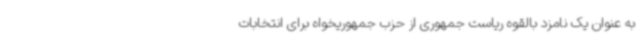
به عنوان یک نامزد بالقوه ریاست جمهوری از حزب جمهوریخواه برای انتخابات